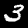
Label: 3